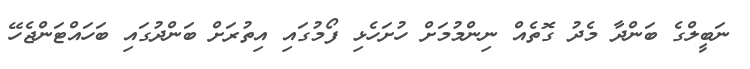
ނަބީލްގެ ބަންދާ މެދު ގޮތެއް ނިންމުމަށް ހުށަހެޅި ފޯމުގައި އިތުރަށް ބަންދުގައި ބަހައްޓަންޖެހޭ